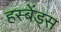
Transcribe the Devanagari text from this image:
हस्बेंड्स